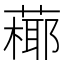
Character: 𦽶